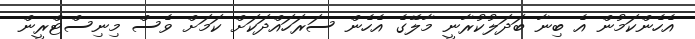
އެހެންކަމުން އެ ބިނާ ބަދަލުކުރާނީ މާލޭގެ އެހެން ސަރަހައްދަކަށް ކަމަށް ވެސް މިނިސްޓްރީން